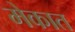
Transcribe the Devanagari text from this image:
मेकात